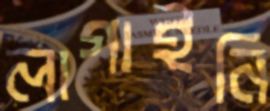
লাগাইনি